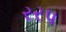
રરપ